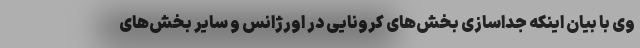
وی با بیان اینکه جداسازی بخش‌های کرونایی در اورژانس و سایر بخش‌های